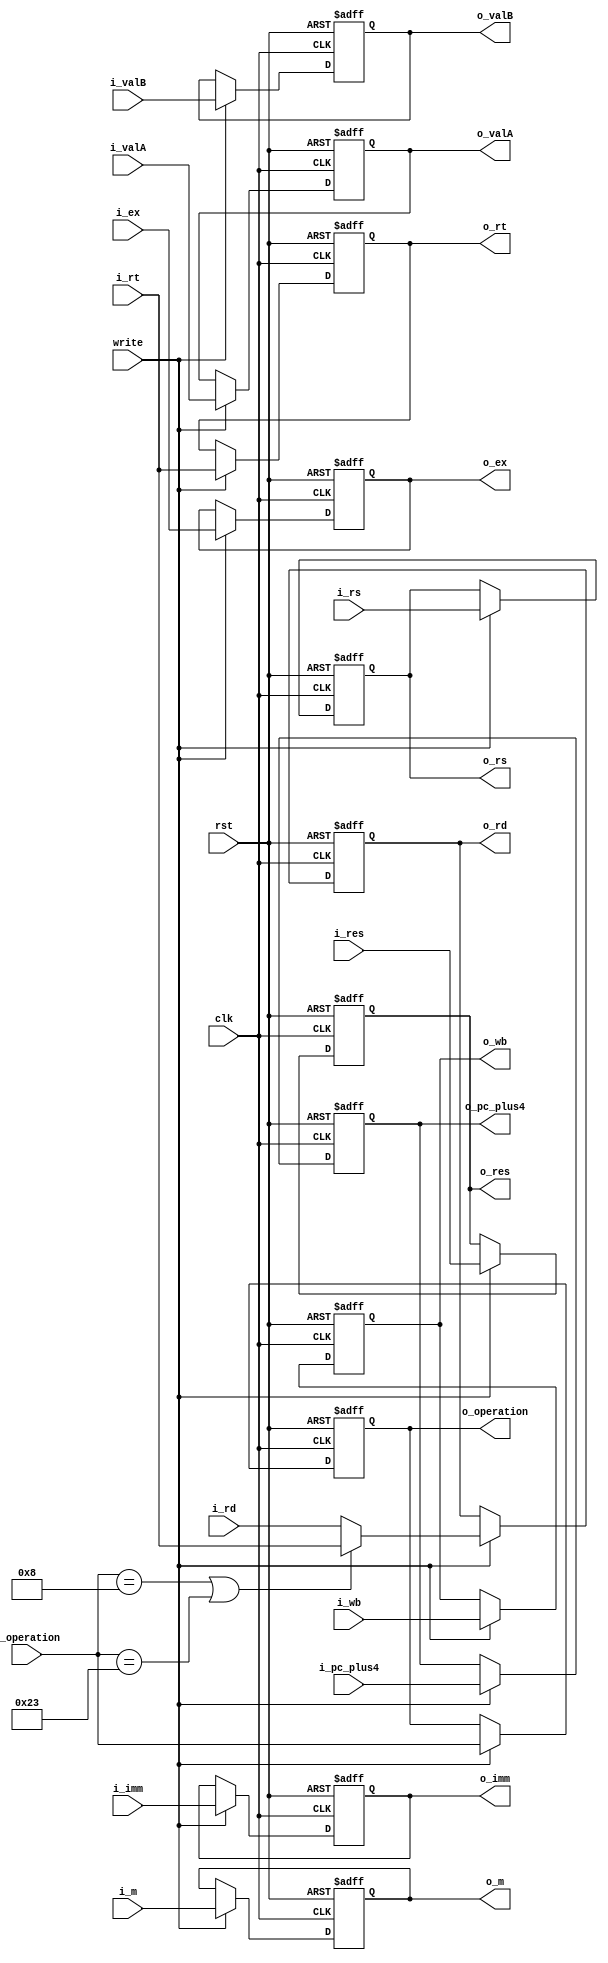
module id_ex(input write, input [4:0] i_rs, input [4:0] i_rt, input [4:0] i_rd, input [1:0] i_ex, input [2:0] i_m, input [1:0] i_wb, input clk, input rst, input [31:0] i_valA, input [31:0] i_valB, input [31:0] i_imm, input [31:0] i_pc_plus4,  input [4:0] i_res, input [5:0] i_operation, output [4:0] o_rs, output [4:0] o_rt, output [4:0] o_rd, output [1:0] o_ex, output [2:0] o_m, output [1:0] o_wb, output [31:0] o_valA, output [31:0] o_valB, output [31:0] o_imm, output [31:0] o_pc_plus4, output [4:0] o_res, output [5:0] o_operation);

reg [1:0] o_ex, o_wb;
reg [2:0] o_m;
reg [31:0] o_valB, o_valA, o_imm, o_pc_plus4;
reg [4:0] o_res, o_rs, o_rt, o_rd;
reg [5:0] o_operation;

always @(posedge clk or posedge rst)
if(rst)
begin 
	o_rs <= 0;
	o_rt <= 0;
	o_rd <= 0;
	o_ex <= 0;
	o_m <= 0;
	o_wb <= 0;
	o_valA <= 0;
	o_valB <= 0;
	o_imm <= 0;
	o_pc_plus4 <= 0;
	o_res <= 0;
	o_operation <= 6'b111111; //change noop
end
else
if(write)	
begin 
	o_rs <= i_rs;
	o_rt <= i_rt;
	o_rd <= (i_operation == 6'b001000 || i_operation == 6'b100011) ? i_rt : i_rd;// for forwarding addi operation || lw
	o_ex <= i_ex;
	o_m <= i_m;
	o_wb <= i_wb;
	o_valA <= i_valA;
	o_valB <= i_valB;
	o_imm <= i_imm;
	o_pc_plus4 <= i_pc_plus4;
	o_res <= i_res;
	o_operation <= i_operation;
end	

endmodule